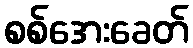
စစ်အေးခေတ်